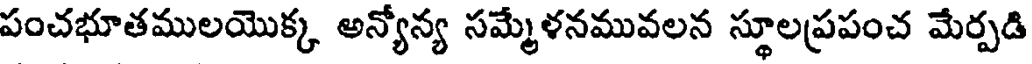
పంచభూతములయొక్క అన్యోన్య సమ్మేళనమువలన స్థూలప్రపంచ మేర్పడి